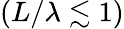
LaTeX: (L/\lambda\lesssim 1)